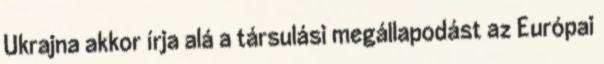
Ukrajna akkor írja alá a társulási megállapodást az Európai